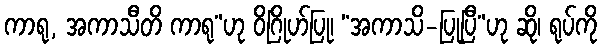
ကာရု, အကာသီတိ ကာရု”ဟု ဝိဂြိုဟ်ပြု၊ “အကာသိ-ပြုပြီ”ဟု ဆို၊ ရုပ်ကို